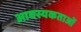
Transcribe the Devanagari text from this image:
आवस्यकताओं